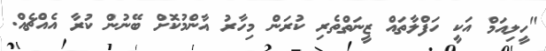
"ހީލިއަމް އަކީ ހަފްލާތައް ޒީނަތްތެރި ކުރަން މިހާރު އާންމުކޮށް ބޭނުން ކުރާ އެއްޗެއް.